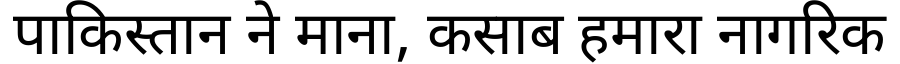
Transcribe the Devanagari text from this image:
पाकिस्तान ने माना, कसाब हमारा नागरिक